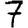
Digit: 7